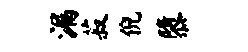
漏菽倪隳